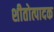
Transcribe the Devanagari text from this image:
शीतोत्पादक